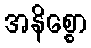
အနိစ္စော